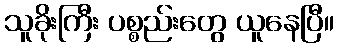
သူခိုးကြီး ပစ္စည်းတွေ ယူနေပြီ။